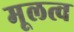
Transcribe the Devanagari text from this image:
मूलत्व